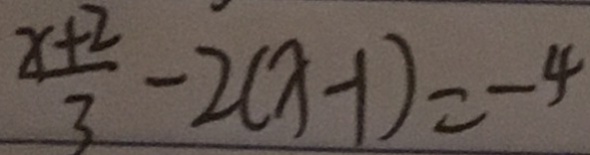
\frac { x + 2 } { 3 } - 2 ( x - 1 ) = - 4